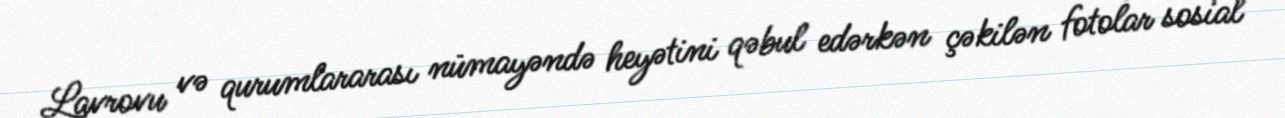
Lavrovu və qurumlararası nümayəndə heyətini qəbul edərkən çəkilən fotolar sosial